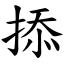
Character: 掭